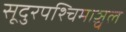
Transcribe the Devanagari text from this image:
सूदुरपश्चिमाञ्चल